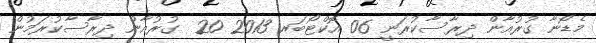
މެޑޯނާ ގުރުއާން ދިރާސާކުރަނީ 06 އޮކްޓޯބަރ 2013 20  ގުރުއާން ދިރާސާކުރަމުން